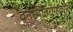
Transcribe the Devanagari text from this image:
वनस्पतिरोगांवरील